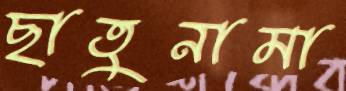
ছাতুনামা